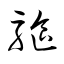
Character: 驅